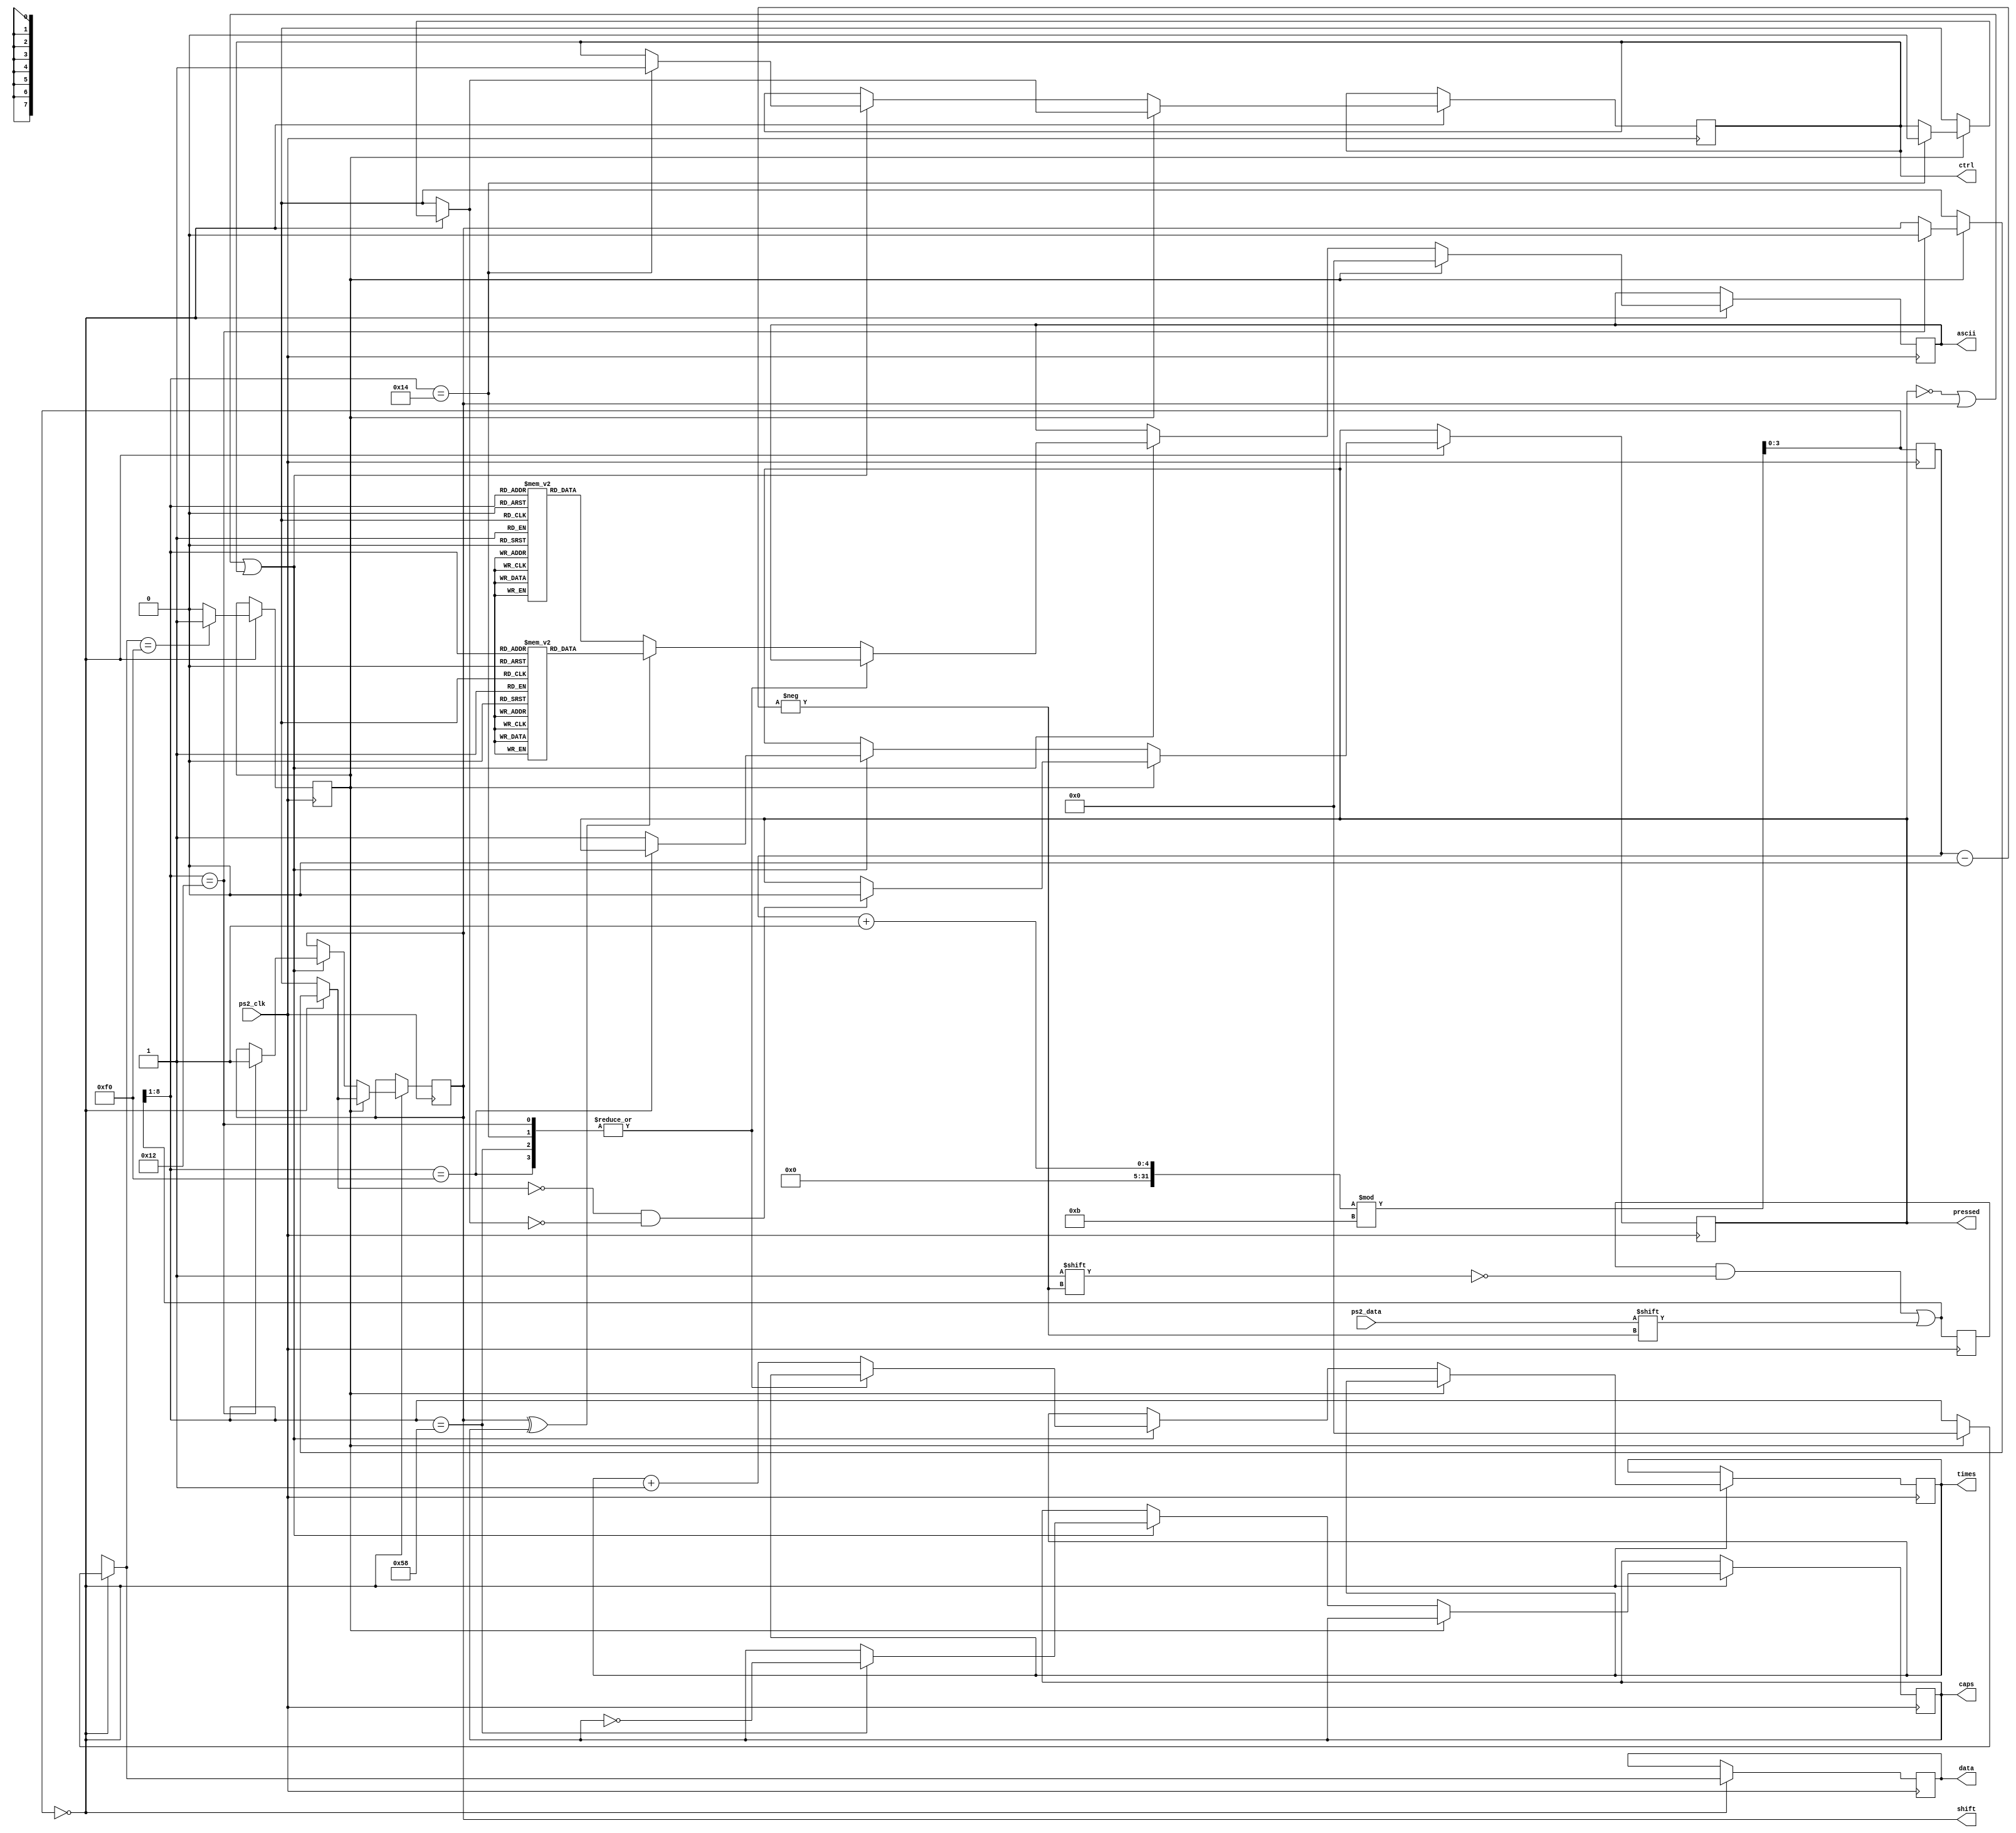
module ps2_keyboard1(
	input ps2_clk, 
	input ps2_data, 
	output reg pressed = 0,
	output reg [7:0] data = 0, 
	output reg [7:0] ascii = 0, 
	output reg [7:0] times = 0,
	output reg shift = 0, 
	output reg ctrl = 0, 
	output reg caps = 0
);
	reg [10:0] buffer;
	reg [3:0] pointer = 0;
	reg break = 0;
(* ram_init_file = "lower.mif" *) reg [7:0] lower[255:0];
(* ram_init_file = "upper.mif" *) reg [7:0] upper[255:0];
always @(negedge ps2_clk) begin
	buffer[pointer] = ps2_data;
	pointer = (pointer+1) % 11;
	if(pointer == 0) begin
		data = buffer[8:1];
		if(break) begin
			break = 0;
			if(data == 8'h12) shift = 0;
			if(data == 8'h14) ctrl = 0;
			if(shift == 0 && ctrl == 0)
				pressed = 0;
			data = 0;
			ascii = 0;
		end
		else if(!pressed || shift || ctrl) begin
			case(data)
				8'h12: begin shift = 1;pressed = 1; end
				8'h14: begin ctrl = 1;pressed = 1;end
				8'h58: begin caps = ~caps;pressed = 1;end
				8'hf0: ;
				default: begin
					times = times + 1;
					if(shift ^ caps) //upper
						ascii = upper[data];
					else
						ascii = lower[data];
					pressed = 1;
				end
			endcase
		end
		if(data == 8'hf0) break = 1;
	end
end
endmodule